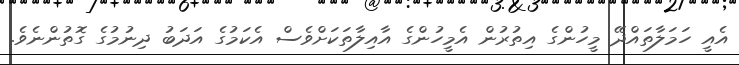
އެއީ ހަމަލާތައްދޭ މީހުންގެ އިތުރުން އެމީހުންގެ އާއިލާތަކަށްވެސް އެކަމުގެ އަދަބު ދިނުމުގެ ގޮތުންނެވެ.